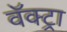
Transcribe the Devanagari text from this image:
वॅक्ट्रा